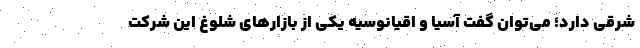
شرقی دارد؛ می‌توان گفت آسیا و اقیانوسیه یکی از بازارهای شلوغ این شرکت